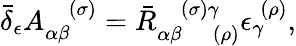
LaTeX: \bar{\delta}_{\epsilon}A_{\alpha\beta}^{\; \; \; (\sigma)}=\bar{R}_{\alpha\beta\; \; \; \; (\rho)}^{\; \; \; (\sigma)\gamma}\epsilon_{\gamma}^{\; (\rho)},